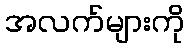
အလက်များကို